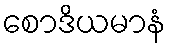
စောဒိယမာနံ